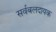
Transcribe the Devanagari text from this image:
सर्वबलदायक